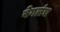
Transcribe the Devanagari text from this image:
वेगळंच